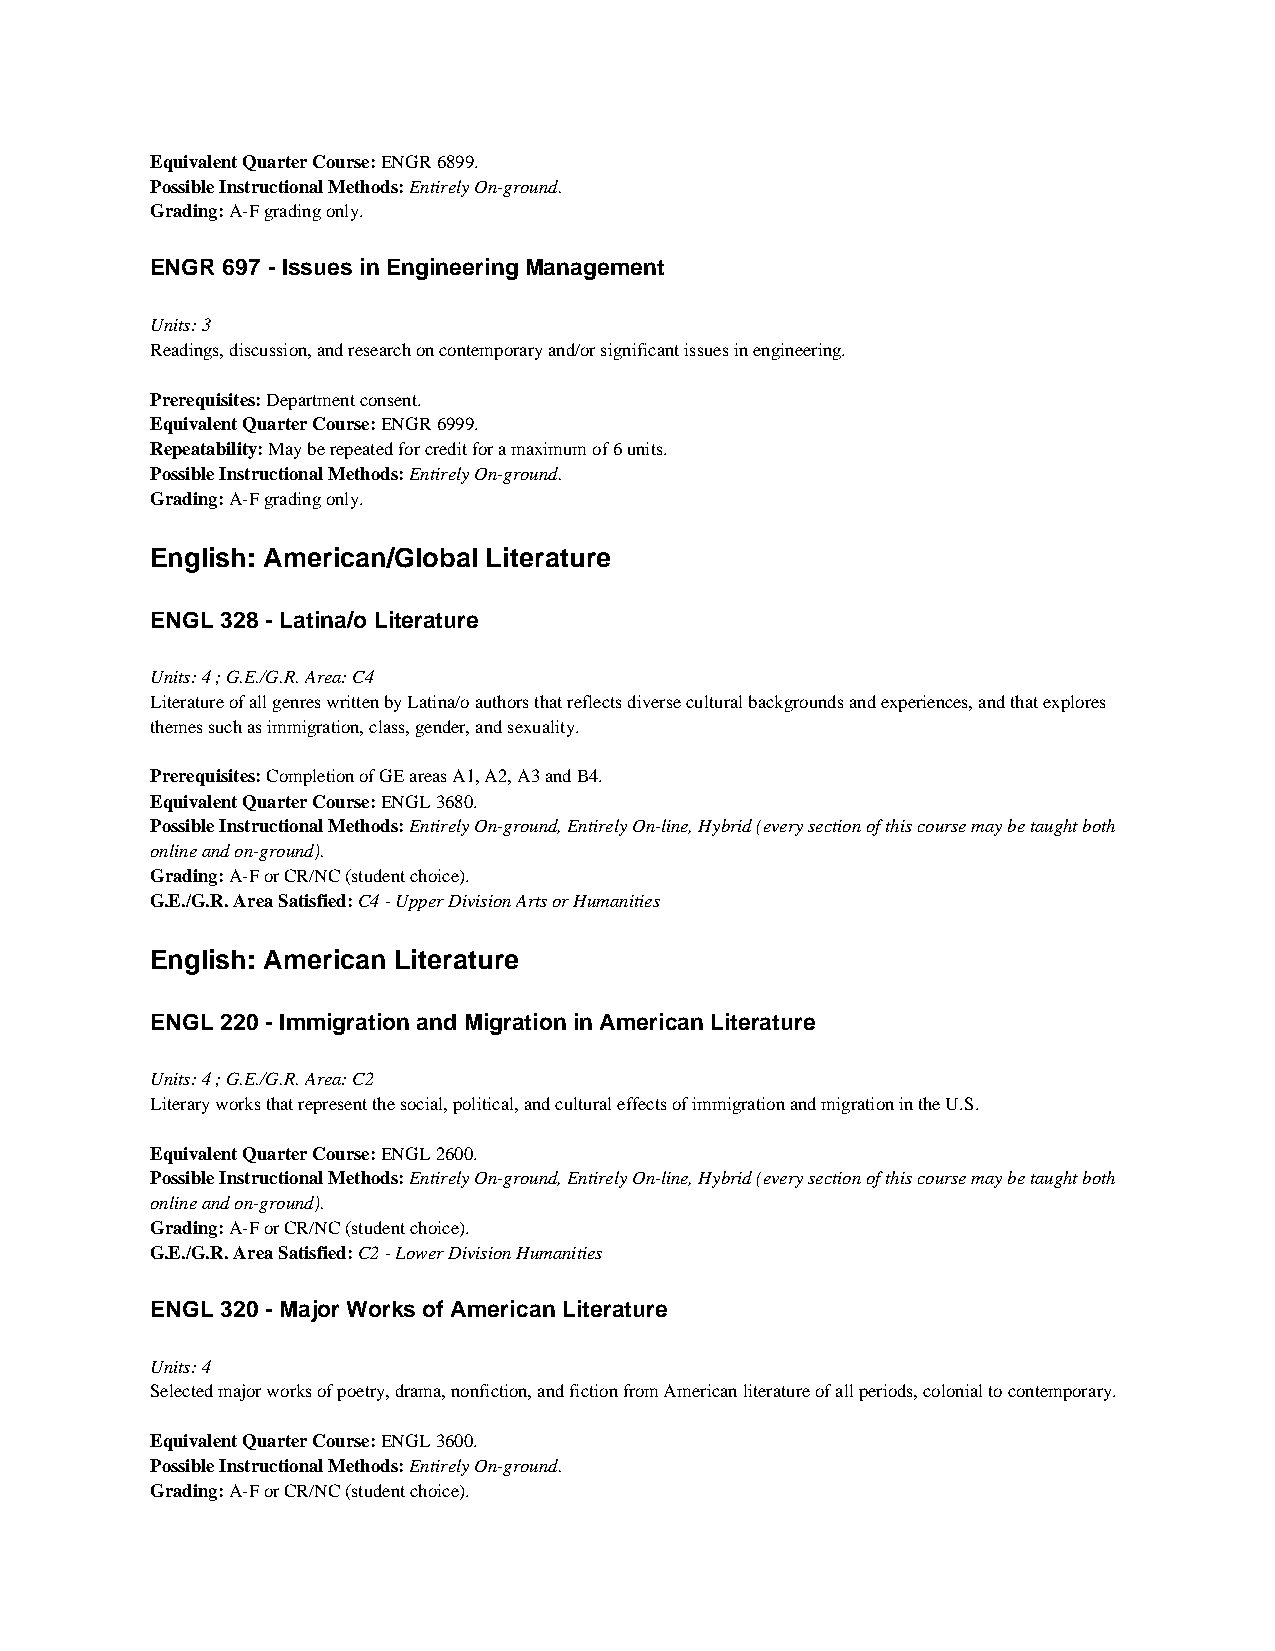
Equivalent Quarter Course: ENGR 6899.
 Possible Instructional Methods: Entirely On-ground.
 Grading: A-F grading only.
 ENGR 697 - Issues in Engineering Management
 Units: 3
 Readings, discussion, and research on contemporary and/or significant issues in engineering.
 Prerequisites: Department consent.
 Equivalent Quarter Course: ENGR 6999.
 Repeatability: May be repeated for credit for a maximum of 6 units.
 Possible Instructional Methods: Entirely On-ground.
 Grading: A-F grading only.
 English: American/Global Literature
 ENGL 328 - Latina/o Literature
 Units: 4 ; G.E./G.R. Area: C4
 Literature of all genres written by Latina/o authors that reflects diverse cultural backgrounds and experiences, and that explores
 themes such as immigration, class, gender, and sexuality.
 Prerequisites: Completion of GE areas A1, A2, A3 and B4.
 Equivalent Quarter Course: ENGL 3680.
 Possible Instructional Methods: Entirely On-ground, Entirely On-line, Hybrid (every section of this course may be taught both
 online and on-ground).
 Grading: A-F or CR/NC (student choice).
 G.E./G.R. Area Satisfied: C4 - Upper Division Arts or Humanities
 English: American Literature
 ENGL 220 - Immigration and Migration in American Literature
 Units: 4 ; G.E./G.R. Area: C2
 Literary works that represent the social, political, and cultural effects of immigration and migration in the U.S.
 Equivalent Quarter Course: ENGL 2600.
 Possible Instructional Methods: Entirely On-ground, Entirely On-line, Hybrid (every section of this course may be taught both
 online and on-ground).
 Grading: A-F or CR/NC (student choice).
 G.E./G.R. Area Satisfied: C2 - Lower Division Humanities
 ENGL 320 - Major Works of American Literature
 Units: 4
 Selected major works of poetry, drama, nonfiction, and fiction from American literature of all periods, colonial to contemporary.
 Equivalent Quarter Course: ENGL 3600.
 Possible Instructional Methods: Entirely On-ground.
 Grading: A-F or CR/NC (student choice).